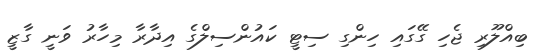
ބިއްލޫރި ޖެހި ގޭގައި ހިންގި ސިޓީ ކައުންސިލްގެ އިދާރާ މިހާރު ވަނީ ގާޒީ